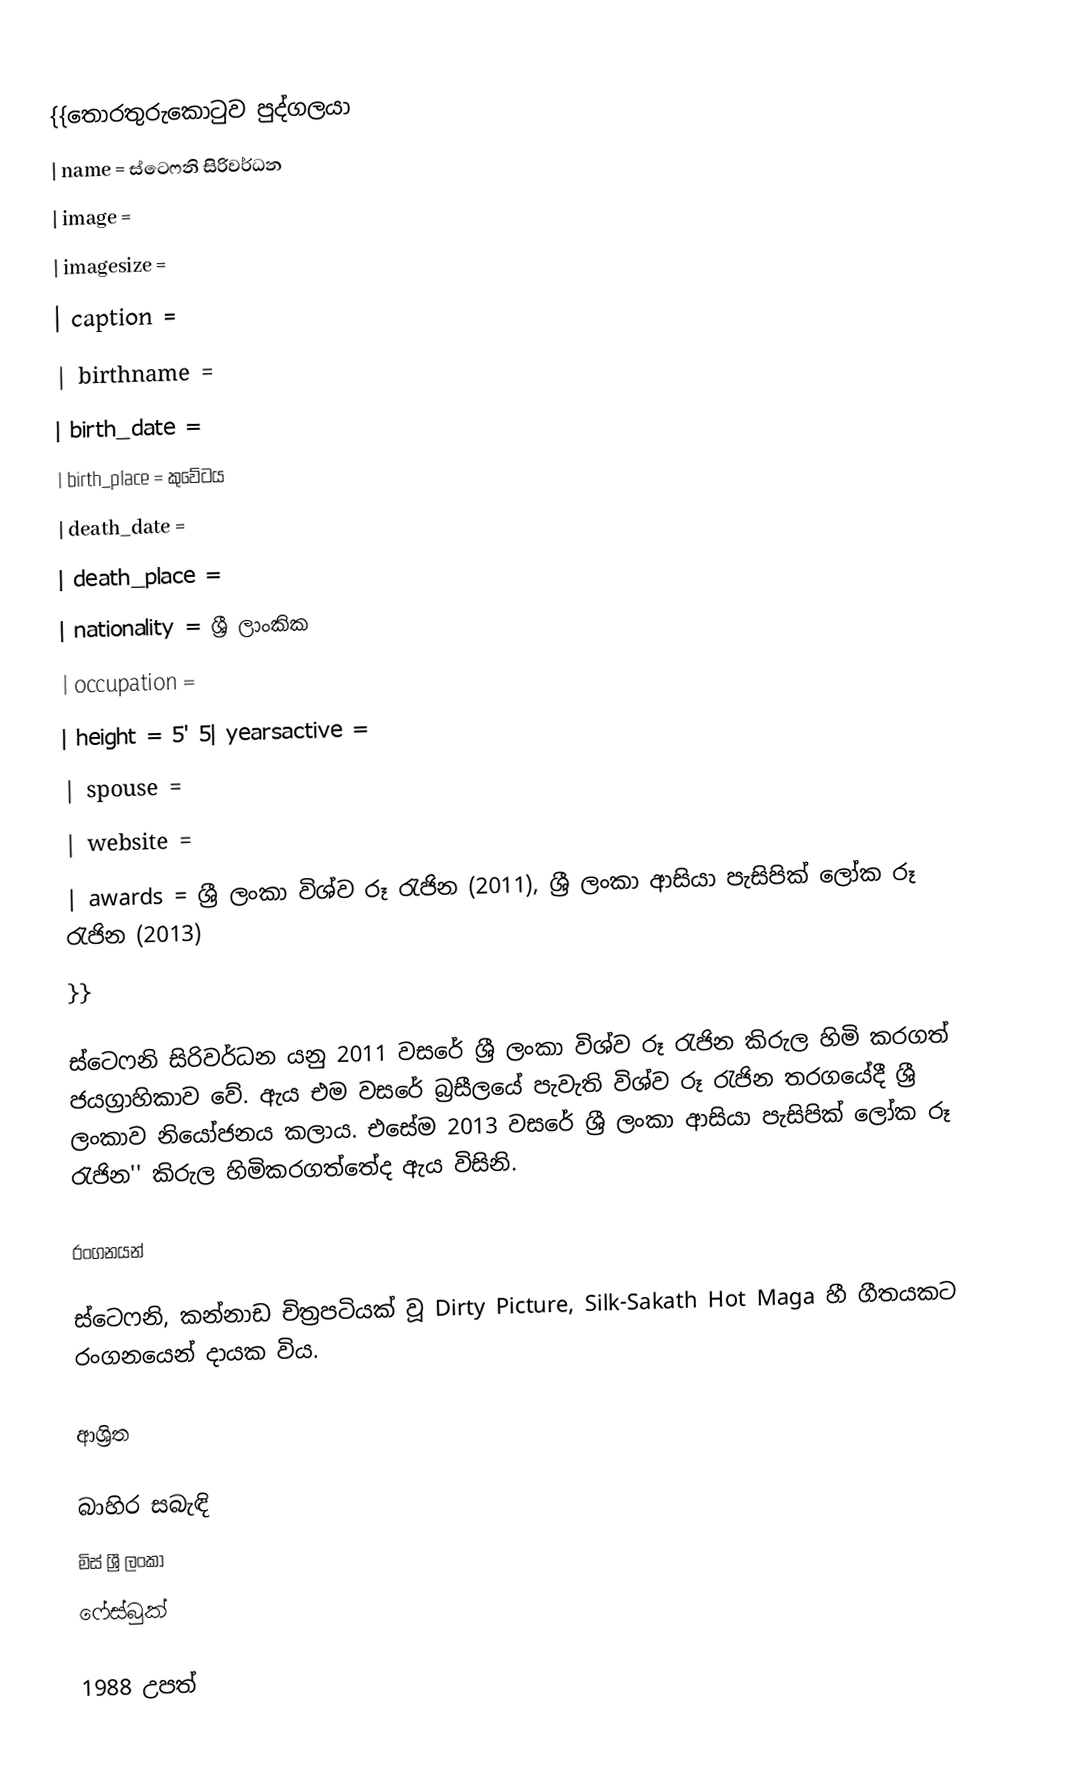
{{තොරතුරුකොටුව පුද්ගලයා
| name                    = ස්ටෙෆනි සිරිවර්ධන
| image                    =
| imagesize               =
| caption                   =
| birthname               =
| birth_date               =
| birth_place              =  කුවේටය
| death_date              =
| death_place            =
| nationality               = ශ්‍රී ලාංකික
| occupation              =
| height                     = 5' 5| yearsactive             =
| spouse                    =
| website                   =
| awards                    = ශ්‍රී ලංකා විශ්ව රූ රැජින (2011), ශ්‍රී ලංකා ආසියා පැසිපික් ලෝක රූ රැජින (2013)
}}

ස්ටෙෆනි සිරිවර්ධන යනු 2011 වසරේ ශ්‍රී ලංකා විශ්ව රූ රැජින කිරුල හිමි කරගත් ජයග්‍රාහිකාව වේ. ඇය එම වසරේ බ්‍රසීලයේ පැවැති විශ්ව රූ රැජින තරගයේදී ශ්‍රී ලංකාව නියෝජනය කලාය. එසේම 2013 වසරේ ශ්‍රී ලංකා ආසියා පැසිපික් ලෝක රූ රැජින'' කිරුල හිමිකරගත්තේද ඇය විසිනි.

රංගනයන්

ස්ටෙෆනි, කන්නාඩ චිත්‍රපටියක් වූ Dirty Picture, Silk-Sakath Hot Maga හී ගීතයකට රංගනයෙන් දායක විය.

ආශ්‍රිත

බාහිර සබැඳි
මිස් ශ්‍රී ලංකා
ෆේස්බුක්

1988 උපත්